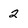
Character: 2